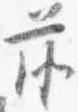
前